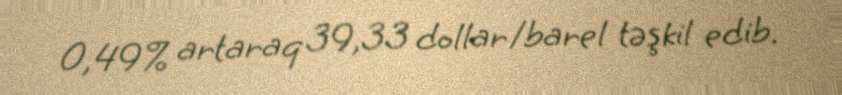
0,49% artaraq 39,33 dollar/barel təşkil edib.